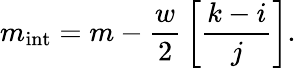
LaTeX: m_{\mathrm{int}}=m-{\frac{w}{2}}\left[{\frac{k-i}{j}}\right].